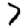
Digit: 7